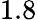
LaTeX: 1.8